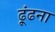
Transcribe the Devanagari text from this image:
ढ़ूंढना